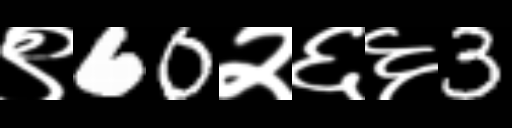
Text: ९60२६६3